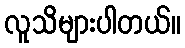
လူသိများပါတယ်။